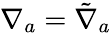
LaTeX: \nabla_{a}=\tilde{\nabla}_{a}